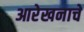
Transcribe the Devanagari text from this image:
आरेखनाचे